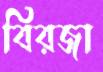
বিরজা